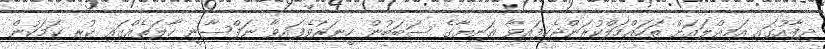
ދިފާއުގައި އަމިއްލައަށް ތަހައްމަލްކުރަންޖެހިފައިވާ އަނިޔާގެ ސަބަބުން ހީނަރުވެފައިވާ ނަފްސާނީ ހާލަތެއްގައި ކުރި ކަމަކުން